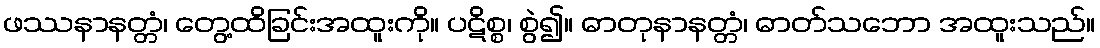
ဖဿနာနတ္တံ၊ တွေ့ထိခြင်းအထူးကို။ ပဋိစ္စ၊ စွဲ၍။ ဓာတုနာနတ္တံ၊ ဓာတ်သဘော အထူးသည်။